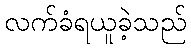
လက်ခံရယူခဲ့သည်